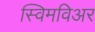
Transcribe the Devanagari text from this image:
स्विमविअर